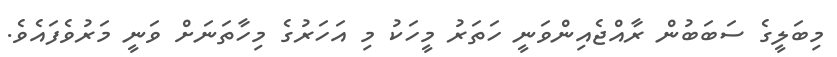
މިބަލީގެ ސަބަބުން ރާއްޖެއިންވަނީ ހަތަރު މީހަކު މި އަހަރުގެ މިހާތަނަށް ވަނީ މަރުވެފައެވެ.